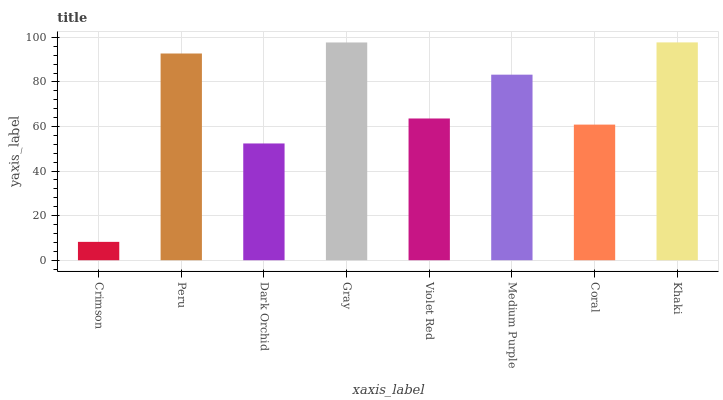
| xaxis_label | bars |
 | --- | --- |
 | Crimson | 8.24 |
 | Peru | 92.8 |
 | Dark Orchid | 52.4 |
 | Gray | 97.7 |
 | Violet Red | 63.6 |
 | Medium Purple | 83.3 |
 | Coral | 60.9 |
 | Khaki | 97.7 |